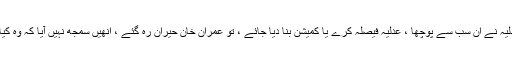
لیکن جب عدلیہ نے ان سب سے پوچھا ، عدلیہ فیصلہ کرے یا کمیشن بنا دیا جائے ، تو عمران خان حیران رہ گئے ، انھیں سمجھ نہیں آیا کہ وہ کیا جواب دیں ۔